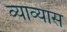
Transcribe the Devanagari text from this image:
व्याव्यास